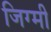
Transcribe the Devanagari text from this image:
जिग्मी